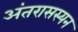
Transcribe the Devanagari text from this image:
अंतरासस्यन